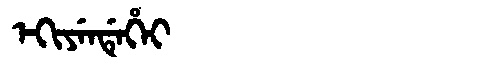
Manchu: ᡝᡴᡳᠶᡝᠨᡩᡝᡥᡝᡳ
Romanization: EKIYENDEHEI